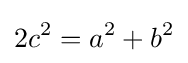
2c^{2}=a^{2}+b^{2}